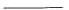
___